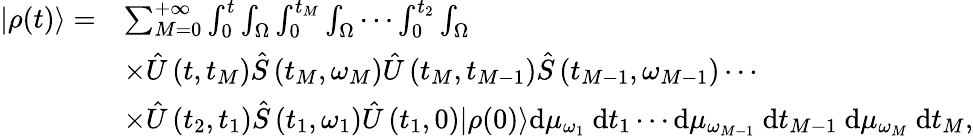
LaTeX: \begin{array}{rl}{|\rho(t)\rangle=}&{\sum_{M=0}^{+\infty}\int_{0}^{t}\int_{\Omega}\int_{0}^{t_{M}}\int_{\Omega}\cdots\int_{0}^{t_{2}}\int_{\Omega}}\\ &{\times\hat{U}\left(t,t_{M}\right)\hat{S}\left(t_{M},\omega_{M}\right)\hat{U}\left(t_{M},t_{M-1}\right)\hat{S}\left(t_{M-1},\omega_{M-1}\right)\cdots}\\ &{\times\hat{U}\left(t_{2},t_{1}\right)\hat{S}\left(t_{1},\omega_{1}\right)\hat{U}\left(t_{1},0\right)|\rho(0)\rangle\mathrm{d}\mu_{\omega_{1}}\mathrm{~d}t_{1}\cdots\mathrm{d}\mu_{\omega_{M-1}}\mathrm{~d}t_{M-1}\mathrm{~d}\mu_{\omega_{M}}\mathrm{~d}t_{M},}\end{array}